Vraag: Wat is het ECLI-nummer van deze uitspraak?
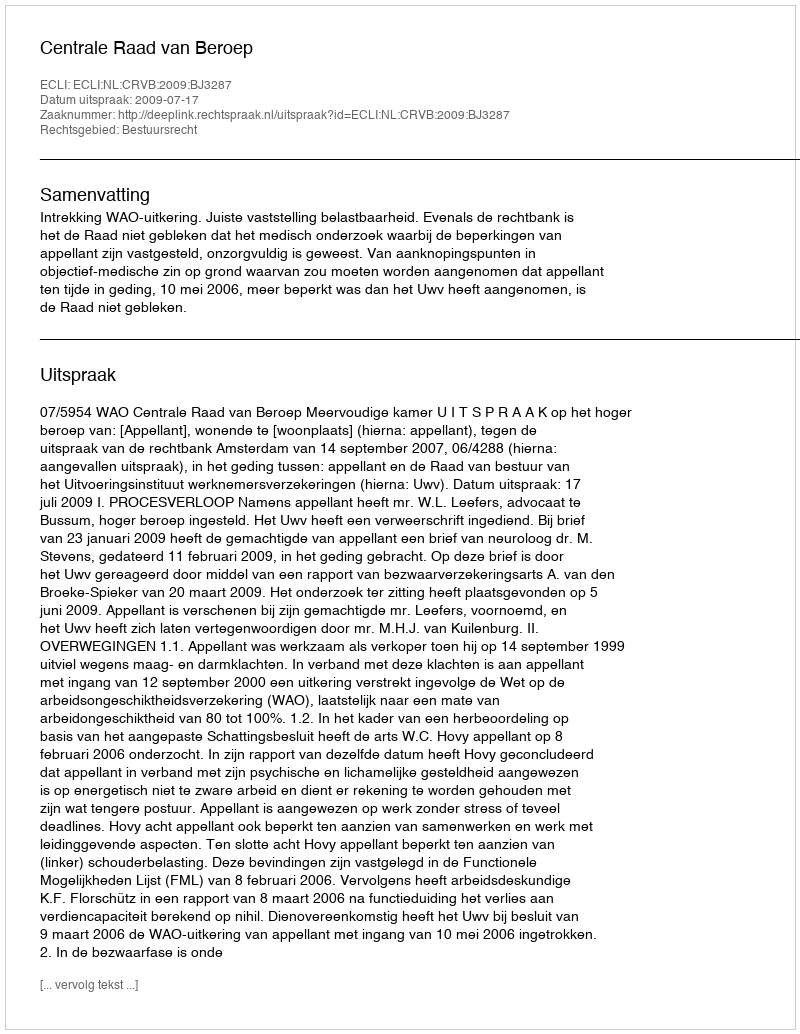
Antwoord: ECLI:NL:CRVB:2009:BJ3287